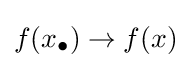
f(x_{\bullet })\to f(x)